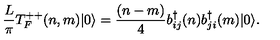
\frac { L } { \pi } T _ { F } ^ { + + } ( n , m ) | 0 \rangle = { \frac { ( n - m ) } { 4 } } b _ { i j } ^ { \dagger } ( n ) b _ { j i } ^ { \dagger } ( m ) | 0 \rangle .